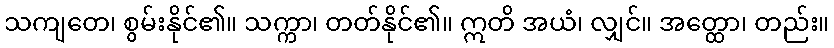
သကျတေ၊ စွမ်းနိုင်၏။ သက္ကာ၊ တတ်နိုင်၏။ ဣတိ အယံ၊ လျှင်။ အတ္ထော၊ တည်း။